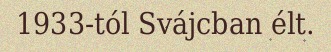
1933-tól Svájcban élt.